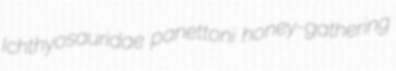
Ichthyosauridae panettoni honey-gathering